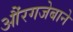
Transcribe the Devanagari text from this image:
औंरगजेबाने